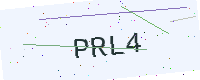
Text: PRL4